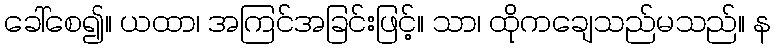
ခေါ်စေ၍။ ယထာ၊ အကြင်အခြင်းဖြင့်။ သာ၊ ထိုကချေသည်မသည်။ န